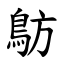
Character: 䲱